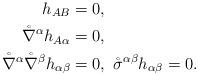
LaTeX: \begin{align*}h_{AB}&=0,\\\mathring{\nabla}^\alpha h_{A\alpha}&=0,\\\mathring{\nabla}^\alpha\mathring{\nabla}^\beta h_{\alpha\beta}&=0,\ \mathring{\sigma}^{\alpha\beta}h_{\alpha\beta}=0.\end{align*}